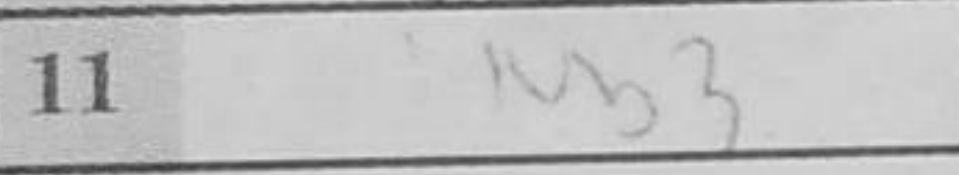
Transcription: Nb3